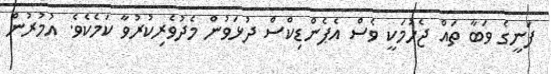
ފަނީގެ ވަބާ ތައް ޖެހުމަކީ ވެސް އެޕެންޑިކްސް ދުޅަވުން މެދުވެރިކުރުވާ ކަމެކެވެ. އުމުރުން